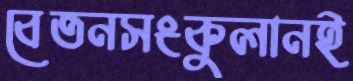
বেতনসংকুলানই